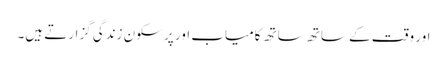
اور وقت کے ساتھ ساتھ کامیاب اور پر سکون زندگی گزارتے ہیں۔